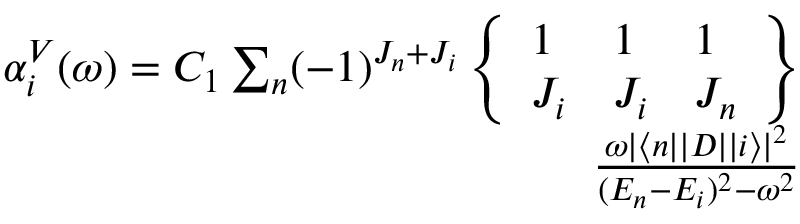
\begin{array} { r } { \alpha _ { i } ^ { V } ( \omega ) = C _ { 1 } \sum _ { n } ( - 1 ) ^ { J _ { n } + J _ { i } } \left\{ \begin{array} { l l l } { 1 } & { 1 } & { 1 } \\ { J _ { i } } & { J _ { i } } & { J _ { n } } \end{array} \right\} } \\ { \frac { \omega | \langle n | | D | | i \rangle | ^ { 2 } } { ( E _ { n } - E _ { i } ) ^ { 2 } - \omega ^ { 2 } } } \end{array}